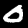
Digit: 0